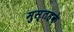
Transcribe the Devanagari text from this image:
मुस्तहके़